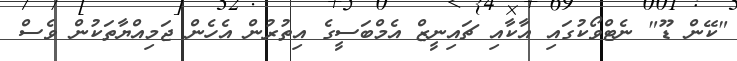
"ކޭން ޑޫ" ނެޓްވޯކުގައި އާކާއި ޗައިނީޒް އެމްބަސީގެ އިތުރުން އެހެން ޖަމިއްޔާތަކުން ވެސް